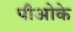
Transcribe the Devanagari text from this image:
पीओके